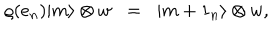
\varrho ( e _ { n } ) \vert m \rangle \otimes w \; \; = \; \; \vert m + 1 _ { n } \rangle \otimes w ,